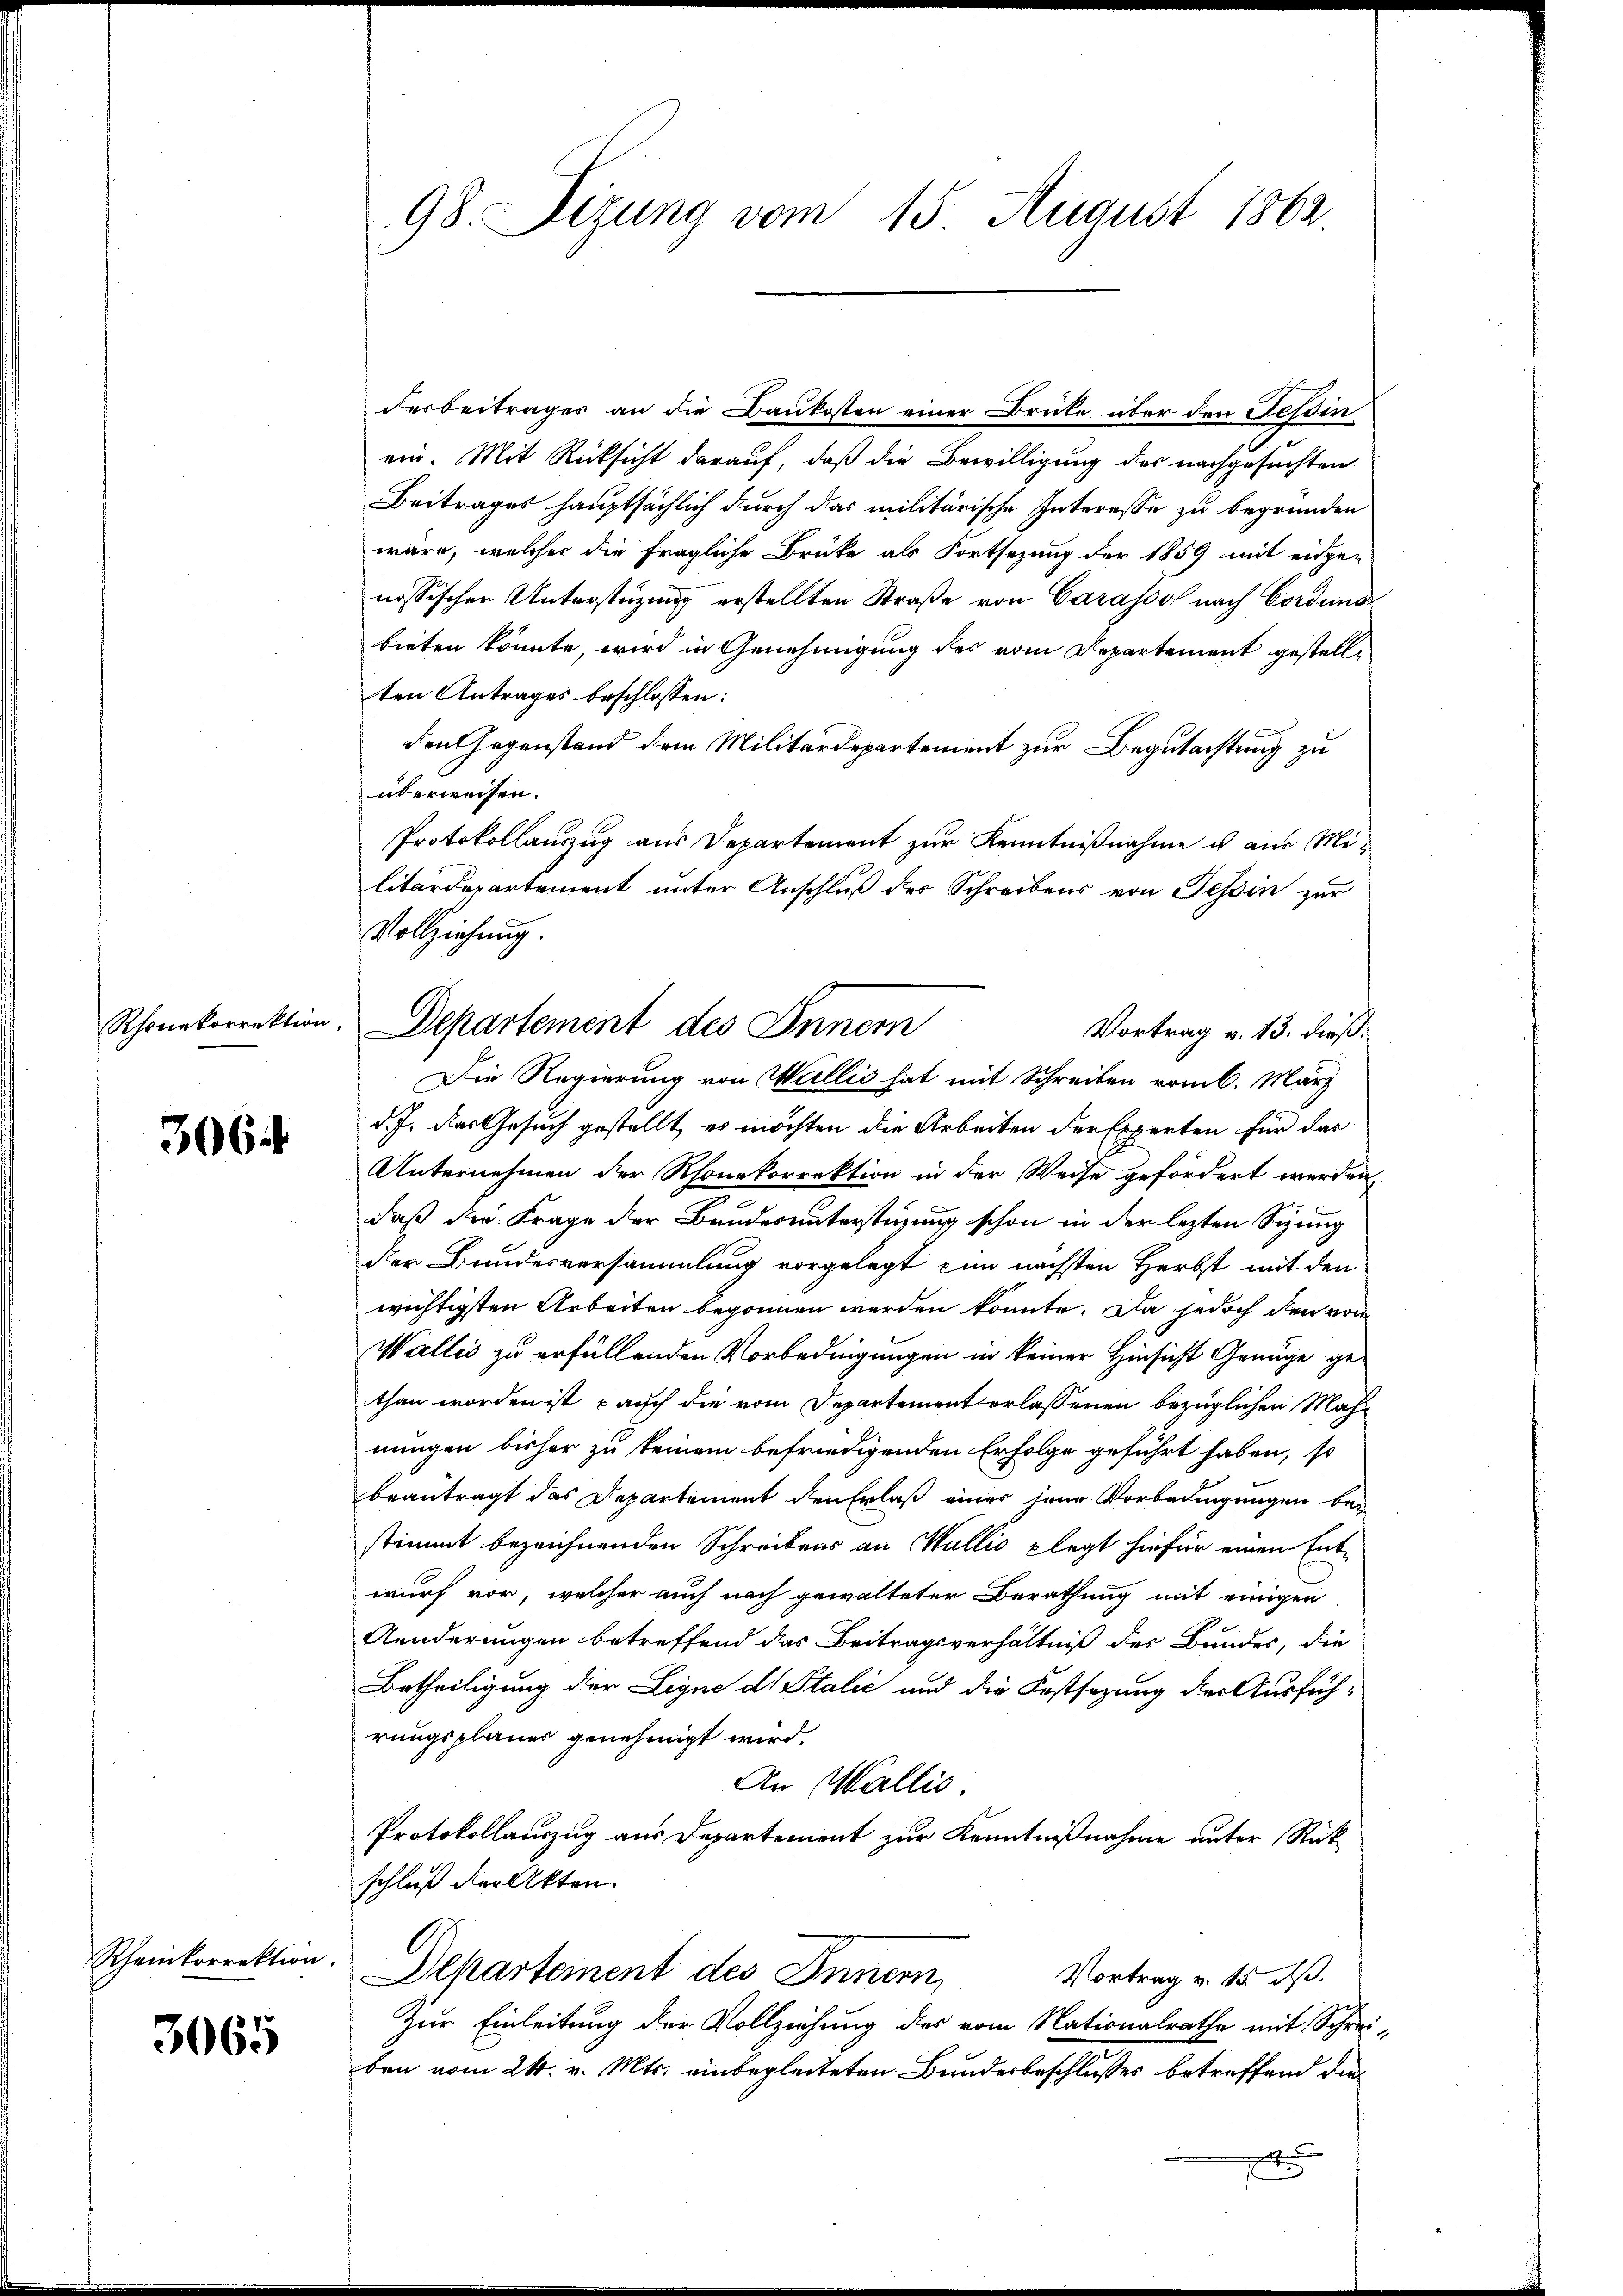
Rhonekorrektion,

3064

Rheinkorrektion.

3065

98. Sizung vom 15 August 1862

derbeitrages an die Baukosten einer Brüke über den Tessin
ein. Mit Rücksicht darauf, daß die Bewilligung des nachgesuchten
Beitrages hauptsächlich durch das militärische Interesse zu begründen
wäre, welcher die fragliche Brüke als Fortsezung der 1859 mit eidge-
nössischen Unterstüzung erstellten Straße von Carasso nach Corduns
bieten könnte, wird in Genehmigung des vom Departement gestellten Antrages beschlossen:
den Gegenstand dem Militärdepartement zur Begutachtung zu
überweisen.
Protokollauszug aus Departement zur Kenntnißnahme es aus Militärdepartement unter Anschluß des Schreibens von Tessin zur
Vollziehung.
Vortrag v. 13. dieß.
Die Regierung von Wallis hat mit Schreiben vom k. März
d. J. des Gesuch gestellt, es möchten die Arbeiten der Experten für das
Unternehmen der Rhonekorrektion in der Weise gefördert werden,
daß der Frage der Bunderunterstüzung schon in der lezten Spung
der Bundesversammlung vorgelegt zum nächsten Herbst mit den
wichtigsten Arbeiten begonnen werden könnte. Da jedoch den von
Wallis zu erfüllenden Vorbedingungen in keiner Hinsicht Genüge gethan worden ist, auch die vom Departement erlassenen bezüglichen Mahnungen bisher zu keinem befriedigenden Erfolge geführt haben, so
beantragt das Departement den Erlaß einer jene Vorbedingungen bei
stimmt bezeichnenden Schreibens an Wallis plagt hiefür einen Entwurf vor, welcher auch nach gewalteter Berathung mit einigen
Aenderungen betreffend das Beitragsverhältniß des Bundes, die
Betheiligung der Ligne ds Stalić und die Festsezung der Ausführungsplaner genehmigt wird.
An Wallis.
Protokollauszug aus Departement zur Kenntnißnahme unter Rück
schluß der Akten.
Departement des Innern,
Vortrag v. 15. dß.
Zur Einleitung der Vollziehung des vom Nationalrathe mit Schreiben vom 24. v. Mts. einbegleiteten Bundesbeschlusses betreffend die¬

Departement des Inner